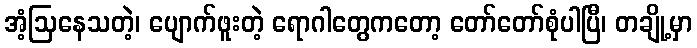
အံ့ဩနေသတဲ့၊ ပျောက်ဖူးတဲ့ ရောဂါတွေကတော့ တော်တော်စုံပါပြီ၊ တချို့မှာ